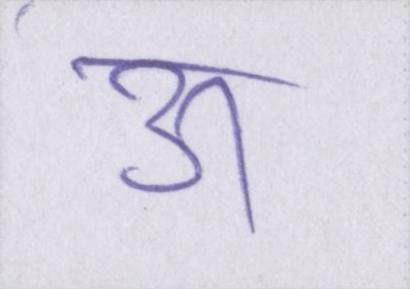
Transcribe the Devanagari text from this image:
ऊ